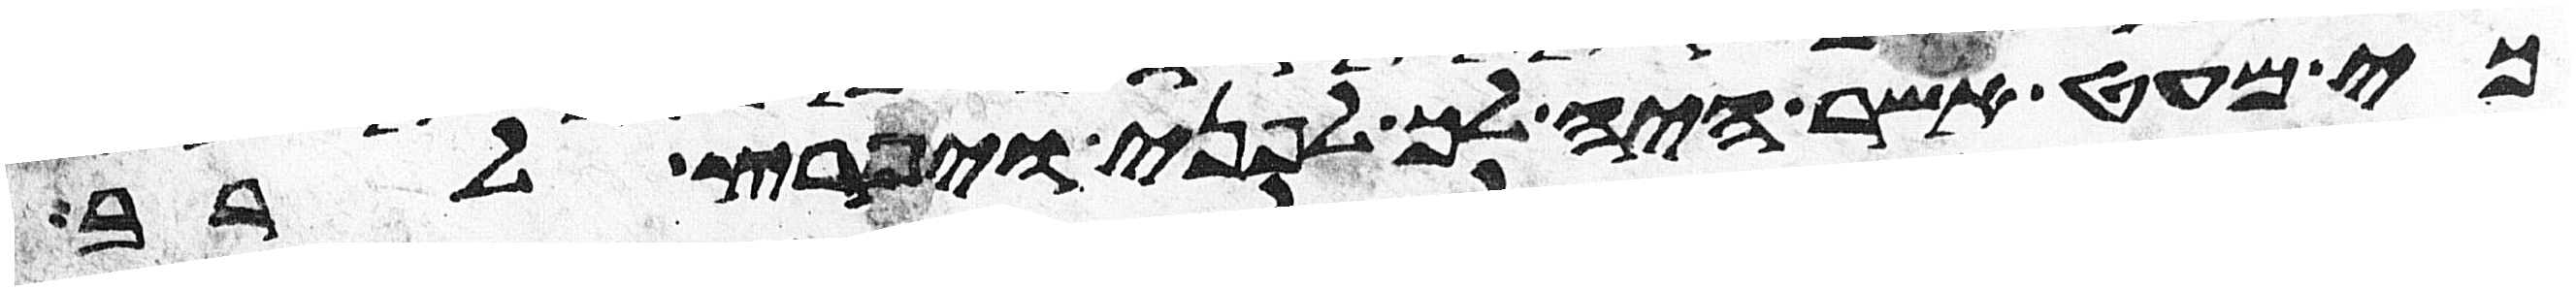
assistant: כי מעט אשר היה לך לפני ויפרץ לרב